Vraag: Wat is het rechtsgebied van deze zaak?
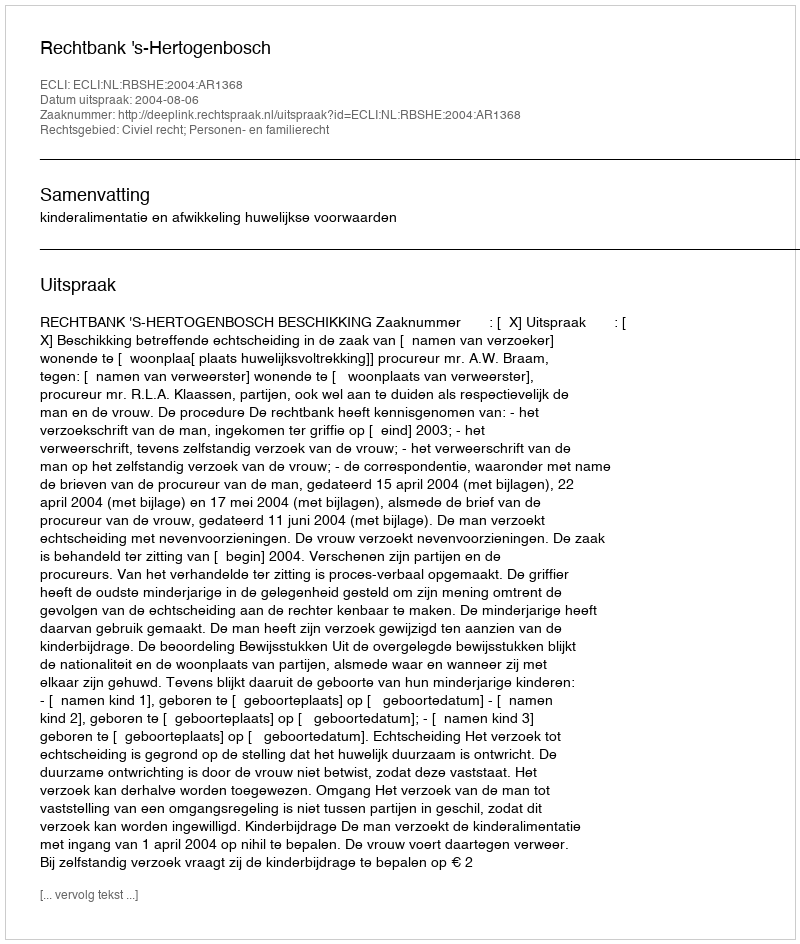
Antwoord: Civiel recht; Personen- en familierecht